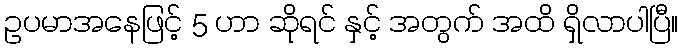
ဥပမာအနေဖြင့် 5 ဟာ ဆိုရင် နှင့် အတွက် အထိ ရှိလာပါပြီ။